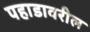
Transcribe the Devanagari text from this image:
पहाडावरील